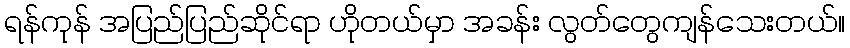
ရန်ကုန် အပြည်ပြည်ဆိုင်ရာ ဟိုတယ်မှာ အခန်း လွတ်တွေကျန်သေးတယ်။